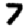
Digit: 7